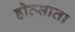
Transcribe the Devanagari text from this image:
होत्साता